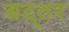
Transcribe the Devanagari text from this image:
बद्तर